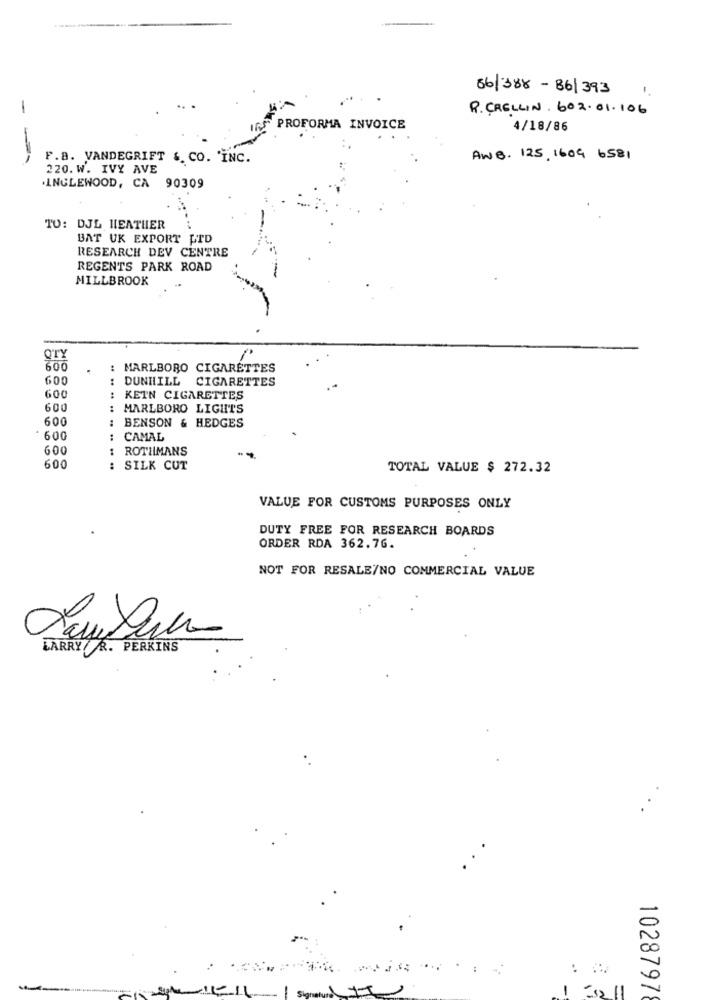
----
86/388-86/ 393
1 .
-
R. CRELLIN . 602.01.106
PROFORMA INVOICE
4/18/86
F.B. VANDEGRIFT &. CO. INC.
AWB. 125, 1609 6581
220. W. IVY AVE
.INGLEWOOD, CA 90309
TO: DJL HEATHER
BAT UK EXPORT LTD
RESEARCH DEV CENTRE
REGENTS PARK ROAD
MILLBROOK
QTY
600
: MARLBORO CIGARETTES
600
: DUNHILL CIGARETTES
600
KETN CIGARETTES
600
: MARLBORO LIGHTS
600
.. .....
: BENSON & HEDGES
600
CAMAL
600
1 ROTHMANS
600
: SILK CUT
TOTAL VALUE $ 272.32
VALUE FOR CUSTOMS PURPOSES ONLY
DUTY FREE FOR RESEARCH BOARDS
ORDER RDA 362.76.
NOT FOR RESALE/NO COMMERCIAL VALUE
LARRY/ R. PERKINS
-
-
============
11 Signature 17
1028797
1 2211